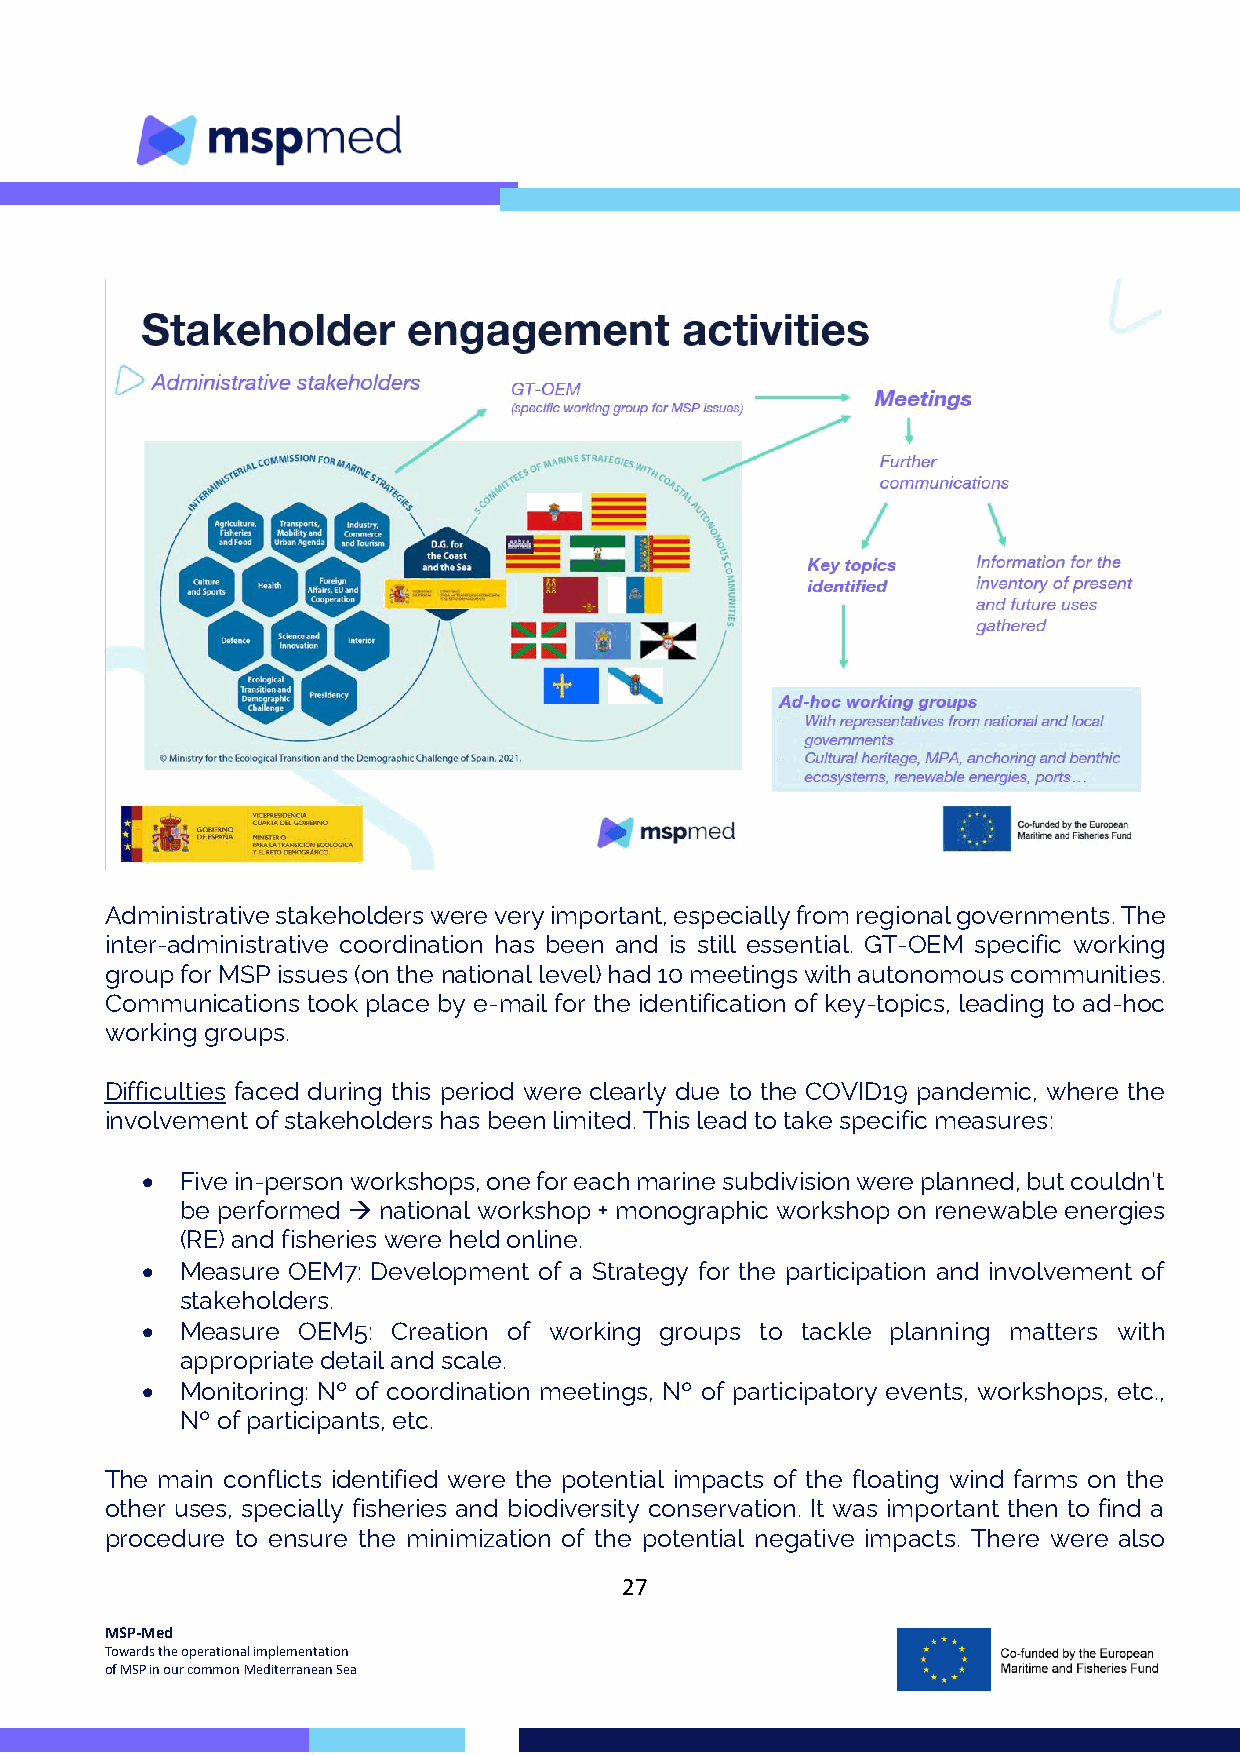
Administrative stakeholders were very important, especially from regional governments. The
 inter-administrative coordination has been and is still essential. GT-OEM specific working
 group for MSP issues (on the national level) had 10 meetings with autonomous communities.
 Communications took place by e-mail for the identification of key-topics, leading to ad-hoc
 working groups.
 Difficulties faced during this period were clearly due to the COVID19 pandemic, where the
 involvement of stakeholders has been limited. This lead to take specific measures:
 •  Five in-person workshops, one for each marine subdivision were planned, but couldn’t
 be performed → national workshop + monographic workshop on renewable energies
 (RE) and fisheries were held online.
 •  Measure OEM7: Development of a Strategy for the participation and involvement of
 stakeholders.
 •  Measure OEM5: Creation of working groups to tackle planning matters with
 appropriate detail and scale.
 •  Monitoring: Nº of coordination meetings, Nº of participatory events, workshops, etc.,
 Nº of participants, etc.
 The main conflicts identified were the potential impacts of the floating wind farms on the
 other uses, specially fisheries and biodiversity conservation. It was important then to find a
 procedure to ensure the minimization of the potential negative impacts. There were also
 27
 MSP-Med
 Towards the operational implementation
 of MSP in our common Mediterranean Sea